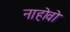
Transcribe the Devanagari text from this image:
नाहोवो